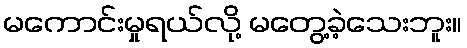
မကောင်းမှုရယ်လို့ မတွေ့ခဲ့သေးဘူး။